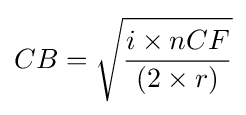
CB={\sqrt {\frac {i\times nCF}{(2\times r)}}}